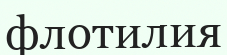
флотилия